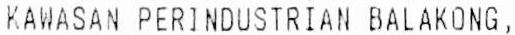
KAWASAN PERINDUSTRIAN BALAKONG,